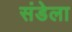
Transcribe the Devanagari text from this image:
संडेला